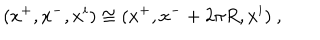
( x ^ { + } , x ^ { - } , x ^ { i } ) \cong ( x ^ { + } , x ^ { - } + 2 \pi R , x ^ { i } ) \ ,